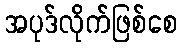
အပုဒ်လိုက်ဖြစ်စေ